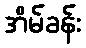
အိမ်ခန်း